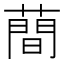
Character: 蕳